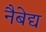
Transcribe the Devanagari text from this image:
नैबेद्य